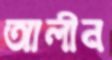
আলীন